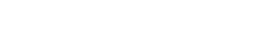
သန့်ရှင်းသောဝိညာဉ်တော်အားဖြင့်